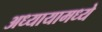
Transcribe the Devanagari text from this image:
अध्यायामध्ये